Notes on vaccination in the North-West Frontier Province 1923-1928 - 1923-1928
Year: 1923
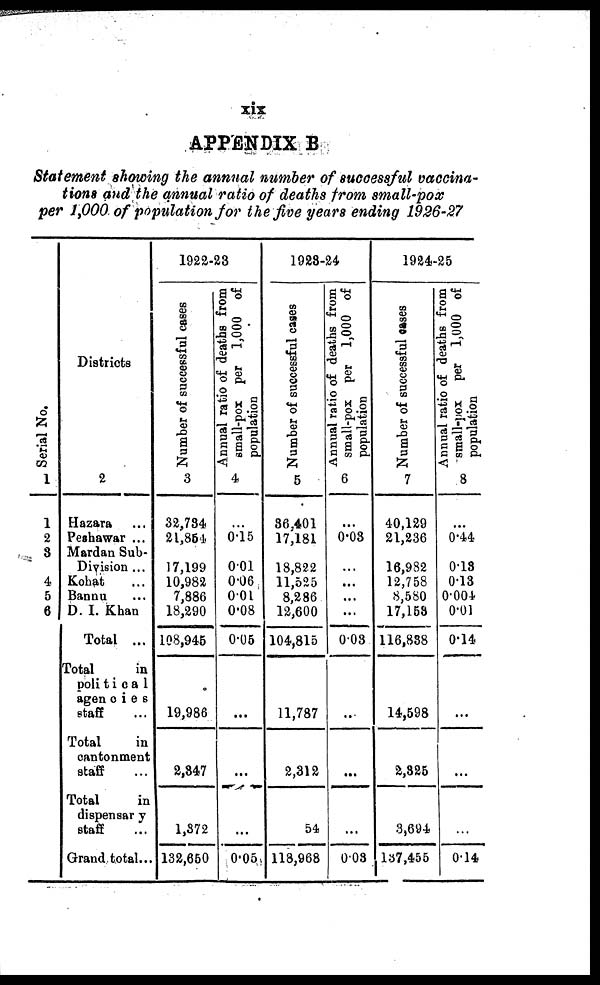
xix
APPENDIX B
Statement showing the annual number of successful vaccina-
tions and the annual ratio of deaths from small-pox
per 1,000 of population for the five years ending 1926-27
Serial No.
1
1
2
3
4
5
6
Districts
2
Hazara ...
Peshawar ...
Mardan Sub-
Division ...
Kohat ...
Bannu ...
D. I. Khan
Total ...
Total
in
politica1
agencies
staff ...
Total
in
cantonment
staff ...
Total
in
dispensary
staff ...
Grand total...
1922-23
Number of successful cases
3
32,734
21,854
17,199
10,982
7,886
18,290
108,945
19,986
2,347
1,372
132,650
Annual ratio of deaths from
small-pox per 1,000 of
population
4
...
0.15
0.01
0.06
0.01
0.08
0.05
...
...
...
0.05
1923-24
Number of successful cases
5
36,401
17,181
18,822
11,525
8,286
12,600
104,815
11,787
2,312
54
118,968
Annual ratio of deaths from
small-pox per 1,000 of
population
6
...
0.03
...
...
...
...
0.03
...
...
...
0.03
1924-25
Number of successful cases
7
40,129
21,236
16,982
12,758
8,580
17,153
116,838
14,598
2,325
3,694
137,455
Annual ratio of deaths from
small-pox per 1,000 of
population
8
...
0.44
0.13
0.13
0.004
0.01
0.14
...
...
...
0.14